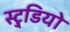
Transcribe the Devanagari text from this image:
स्टु्डियो